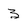
Character: 3